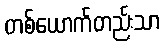
တစ်ယောက်တည်းသာ